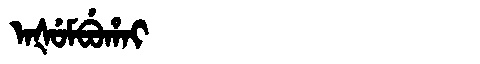
Manchu: ᠠᡧᡠᠮᠪᡠᡥᠠᡳ
Romanization: AŠUMBUHAI